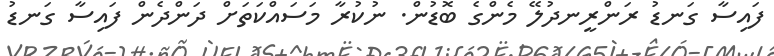
ފައިސާ ގަނޑު ރަންރީނދުލޭ މެންގެ ބޮޑުން. ނުކުރާ މަސައްކަތަށް ދަންދެން ފައިސާ ގަނޑު